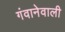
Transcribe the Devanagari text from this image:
गंवानेवाली